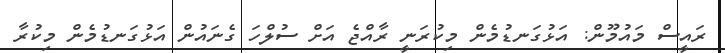
ރައީސް މައުމޫން: އަޅުގަނޑުމެން މިކުރަނީ ރާއްޖެ އަށް ސުލްހަ ގެނައުން އަޅުގަނޑުމެން މިކުރާ